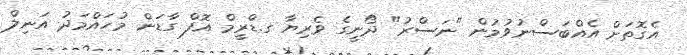
އެގޮތަށް އެއްބަސްނުވުމުން "ނަސްރު" ދޯނީގެ ވެރިޔާ ގ.ޑްރީމް އޮފް ގާޑަން މުހައްމަދު އަނިލް